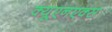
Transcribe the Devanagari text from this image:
क्यूएनएक्स